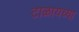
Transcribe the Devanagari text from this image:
टाळायच्या